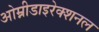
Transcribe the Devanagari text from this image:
ओम्नीडाइरेक्शनल